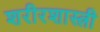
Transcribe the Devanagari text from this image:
शरीरशास्त्री